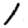
Digit: 1